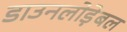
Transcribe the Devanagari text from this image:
डाउनलोड़ेबल